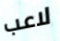
لاعب